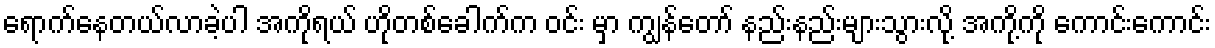
ရောက်နေတယ်လာခဲ့ပါ အကိုရယ် ဟိုတစ်ခေါက်က ဝင်း မှာ ကျွန်တော် နည်းနည်းများသွားလို့ အကို့ကို ကောင်းကောင်း